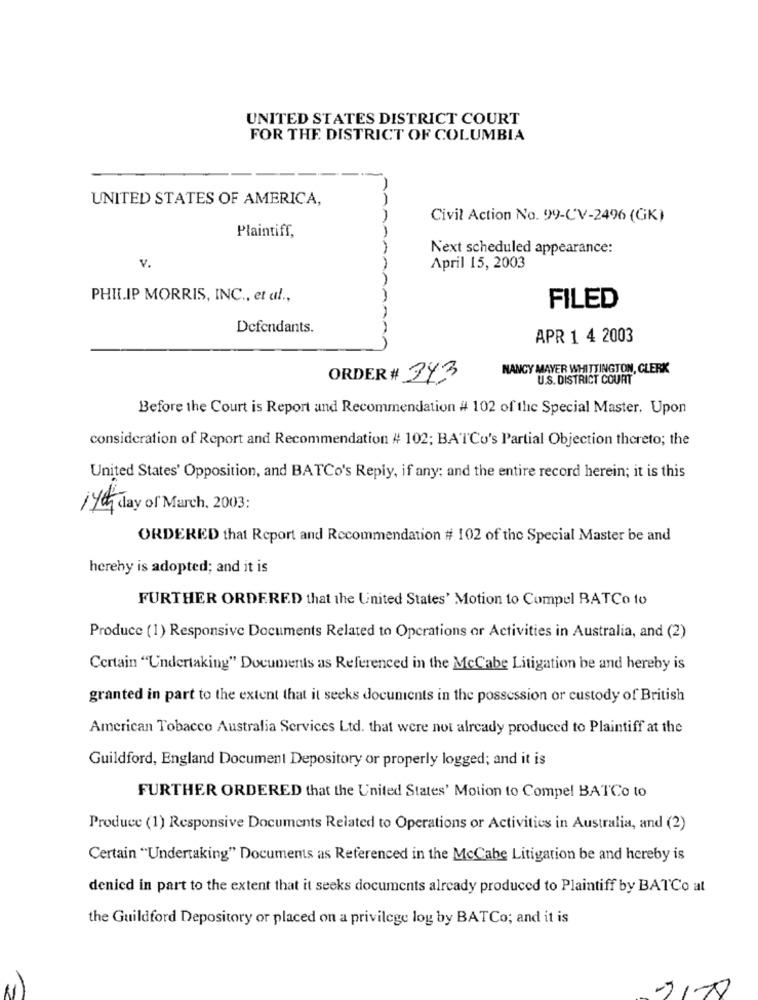
UNITED STATES DISTRICT COURT
FOR THE DISTRICT OF COLUMBIA
UNITED STATES OF AMERICA,
Civil Action No. 99-CV-2496 (GK)
Plaintiff,
Next scheduled appearance:
v.
April 15, 2003
PHILIP MORRIS, INC ., et al .,
FILED
Defendants.
APR 1 4 2003
NANCY MAYER WHITTINGTON, CLERK
ORDER # 343
U.S. DISTRICT COURT
Before the Court is Report and Recommendation # 102 of the Special Master. Upon
consideration of Report and Recommendation # 102; BATCo's Partial Objection thereto; the
United States' Opposition, and BATCo's Reply, if any; and the entire record herein; it is this
14th day of March, 2003:
ORDERED that Report and Recommendation # 102 of the Special Master be and
hereby is adopted; and it is
FURTHER ORDERED that the United States' Motion to Compel BATCo to
Produce (1) Responsive Documents Related to Operations or Activities in Australia, and (2)
Certain "Undertaking" Documents as Referenced in the McCabe Litigation be and hereby is
granted in part to the extent that it seeks documents in the possession or custody of British
American Tobacco Australia Services Ltd. that were not already produced to Plaintiff at the
Guildford, England Document Depository or properly logged; and it is
FURTHER ORDERED that the United States' Motion to Compe! BATCo to
Produce (1) Responsive Documents Related to Operations or Activities in Australia, and (2)
Certain "Undertaking" Documents as Referenced in the McCabe Litigation be and hereby is
denied in part to the extent that it seeks documents already produced to Plaintiff by BATCo al
the Guildford Depository or placed on a privilege loy by BATCo; and it is